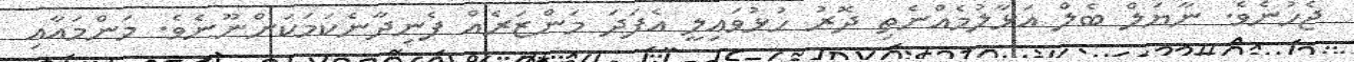
ޖެހުނެވެ. ނާޔަލް ބެލް އަޅާލުމެއްނެތި ދޮރު ހުޅުވައިލީ އެފަދަ މަންޒަރެއް ފެނިދާނެކަމަކަށްނޫނެވެ. މަންމައާއި